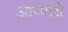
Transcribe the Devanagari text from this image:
आप्पांचे